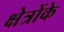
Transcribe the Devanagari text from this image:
क्षेत्रोंके